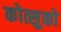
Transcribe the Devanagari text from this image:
कोत्सुको